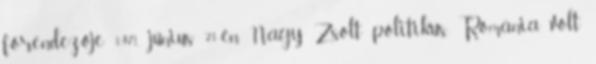
főrendezője 1971. június 21-én Nagy Zsolt politikus, Románia volt